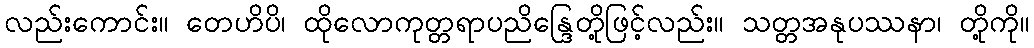
လည်းကောင်း။ တေဟိပိ၊ ထိုလောကုတ္တရာပညိန္ဒြေတို့ဖြင့်လည်း။ သတ္တအနုပဿနာ၊ တို့ကို။